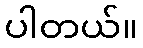
ပါတယ်။